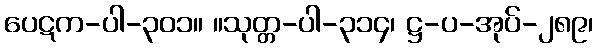
ပေဋက-ပါ-၃၀၁။ ။သုတ္တ-ပါ-၃၁၄၊ ဋ္ဌ-ပ-အုပ်-၂၈၉၊